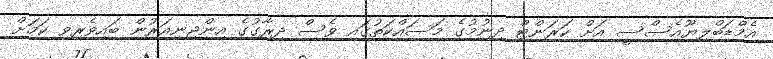
އެމްޑަބްލިޔޫއެސްސީ އަށް ކަރަންޓް ދިނުމުގެ މަސައްކަތުގައި ވެސް ދިރާގުގެ އިންޖިނިއަރުން ބައިވެރިވި ކަމަށް